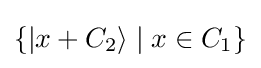
\{{|}x+C_{2}\rangle \mid x\in C_{1}\}